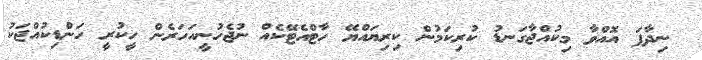
ނިދާފަ އޮއްވާ މިކުއްޖާގަނޑު ކުރިކަމުން ކިރިޔައްޔޭ ހާޓްއެޓޭކެއް ނުޖެހުނީއަހަރެން ހީކުރީ ހަންޑިކުއްޖަކު